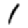
Digit: 1